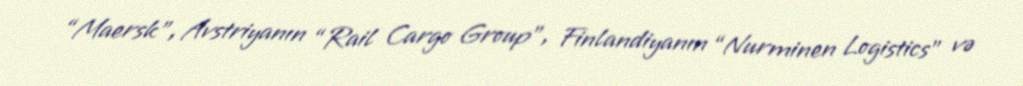
“Maersk”, Avstriyanın “Rail Cargo Group”, Finlandiyanın “Nurminen Logistics” və